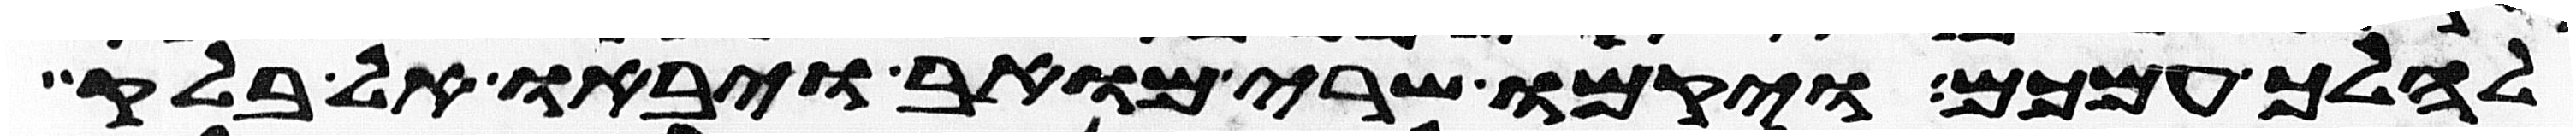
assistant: להלך עמכם ויקמו שרי מואב ויבאו אל בלק